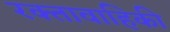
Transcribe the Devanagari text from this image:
रक्तावाहिकी